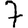
Digit: 7